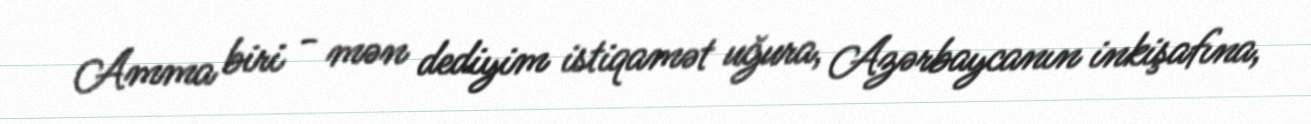
Amma biri - mən dediyim istiqamət uğura, Azərbaycanın inkişafına,